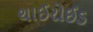
થાઈરોઈડ